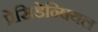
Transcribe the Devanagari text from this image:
प्रेसिडेन्षियल